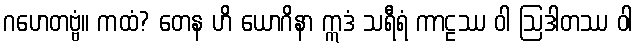
ဂဟေတဗ္ဗံ။ ကထံ? တေန ဟိ ယောဂိနာ ဣဒံ သရီရံ ကာဠဿ ဝါ ဩဒါတဿ ဝါ